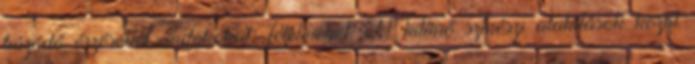
húzódó érzéseket, indokokat, félelmeket. A kitűnő színészi alakítások közül